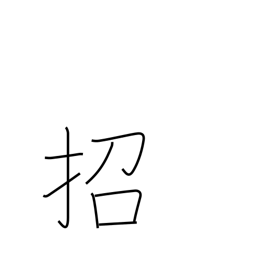
Meaning: beckon